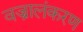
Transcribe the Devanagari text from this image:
वज्रालंकरण